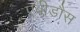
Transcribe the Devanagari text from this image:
एबीडौस